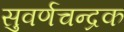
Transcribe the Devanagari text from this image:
सुवर्णचन्द्रक